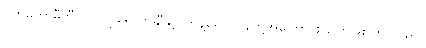
ဗဟိုကော်မီတီဝင် လျူရှောက်ချီနှင့် တိန့်ရှောင်ဖိန်တို့အကြောင်း ပြောဖြစ်ကြ သည်။